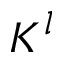
K ^ { l }